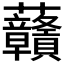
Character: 𧆐